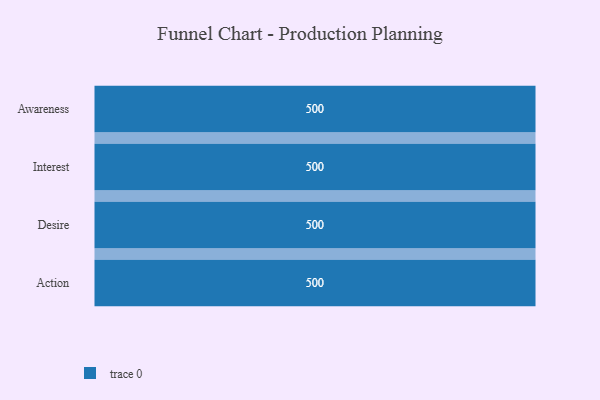
{"axis": {"x": "Stage", "y": "Value"}, "legend": [""], "data": [{"x": "Awareness", "y": 500, "type": ""}, {"x": "Interest", "y": 500, "type": ""}, {"x": "Desire", "y": 500, "type": ""}, {"x": "Action", "y": 500, "type": ""}]}